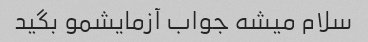
سلام میشه جواب آزمایشمو بگید